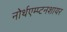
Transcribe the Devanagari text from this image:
नोर्थएम्प्टनशायर